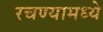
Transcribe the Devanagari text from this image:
रचण्यामध्ये